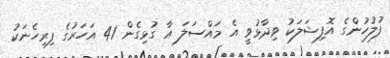
ފުލުހުންގެ އޮފިޝަލަކު ވިދާޅުވީ އެ މައްސަލަ އާ ގުޅިގެން 41 އަހަރުގެ ފިރިހެނަކު